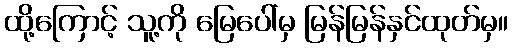
ထို့ကြောင့် သူ့ကို မြေပေါ်မှ မြန်မြန်နှင်ထုတ်မှ။